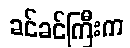
ခင်ခင်ကြီးက